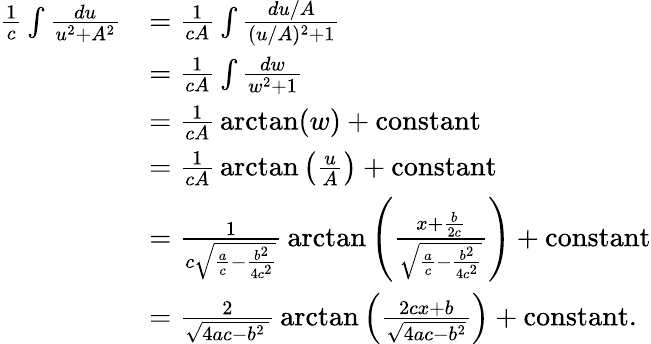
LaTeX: {\begin{array}{rl}{{\frac{1}{c}}\int{\frac{du}{u^{2}+A^{2}}}}&{={\frac{1}{cA}}\int{\frac{du/A}{(u/A)^{2}+1}}}\\ &{={\frac{1}{cA}}\int{\frac{dw}{w^{2}+1}}}\\ &{={\frac{1}{cA}}\arctan(w)+\mathrm{constant}}\\ &{={\frac{1}{cA}}\arctan\left({\frac{u}{A}}\right)+{\mathrm{constant}}}\\ &{={\frac{1}{c{\sqrt{{\frac{a}{c}}-{\frac{b^{2}}{4c^{2}}}}}}}\arctan\left({\frac{x+{\frac{b}{2c}}}{\sqrt{{\frac{a}{c}}-{\frac{b^{2}}{4c^{2}}}}}}\right)+{\mathrm{constant}}}\\ &{={\frac{2}{\sqrt{4ac-b^{2}\, }}}\arctan\left({\frac{2cx+b}{\sqrt{4ac-b^{2}}}}\right)+{\mathrm{constant}}.}\end{array}}